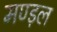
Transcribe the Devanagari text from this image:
मण्ड़ल